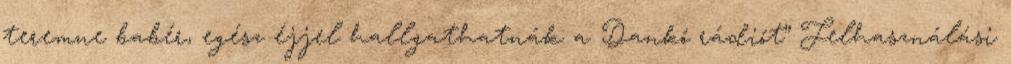
teremne babér, egész éjjel hallgathatnák a Dankó rádiót” Felhasználási